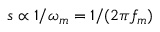
s \propto 1 / \omega _ { m } = 1 / ( 2 \pi f _ { m } )